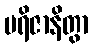
ပရိဇာနိတွာ